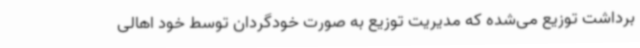
برداشت توزیع می‌شده که مدیریت توزیع به صورت خودگردان توسط خود اهالی